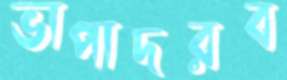
ভাপাদরব